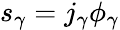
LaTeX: \begin{array}{r}{s_{\gamma}=j_{\gamma}\phi_{\gamma}}\end{array}